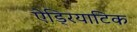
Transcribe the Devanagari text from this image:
ऐड्रियाटिक